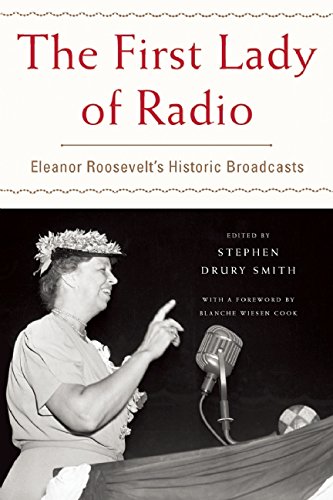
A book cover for The First Lady of Radio: Eleanor Roosevelt's Historic Broadcasts; Humor & Entertainment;